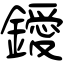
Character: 鑀